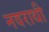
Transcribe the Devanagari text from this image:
नवराथी